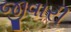
જીવારી